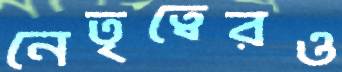
নেতৃত্বেরও